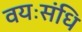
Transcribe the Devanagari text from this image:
वयःसंधि